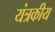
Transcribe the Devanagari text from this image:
यंत्रकीय